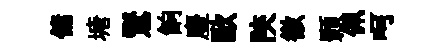
傭塘鸑餉麈歐陝徼顥佩呵